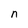
Character: n